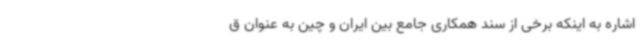
اشاره به اینکه برخی از سند همکاری جامع بین ایران و چین به عنوان ق